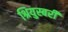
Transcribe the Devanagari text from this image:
श्रियुस्बरी